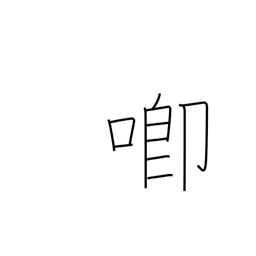
Meaning: speak resentfully